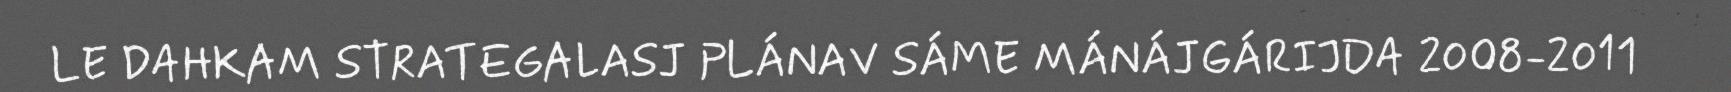
LE DAHKAM STRATEGALASJ PLÁNAV SÁME MÁNÁJGÁRIJDA 2008-2011